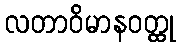
လတာဝိမာနဝတ္ထု